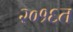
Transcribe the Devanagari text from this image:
२०१६त